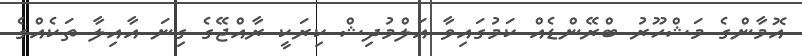
އޮމާންގެ މަޝްހޫރު ބްރޭންޑެއް ކަމުގައިވާ އަލްމުދިޝް ކިރަކީ ރާއްޖޭގެ ގިނަ އާއިލާ ތަކެއްގެ